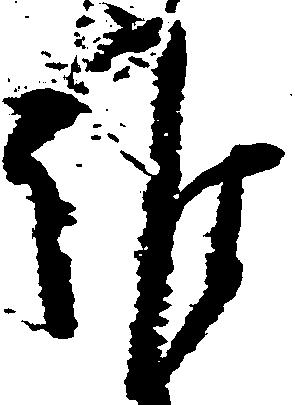
誰